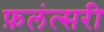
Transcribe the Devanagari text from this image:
फ़लंत्सरी